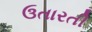
ઉતારતી